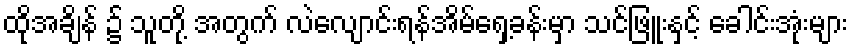
ထိုအချိန် ၌ သူတို့ အတွက် လဲလျောင်းရန်အိမ်ရှေ့ခန်းမှာ သင်ဖြူးနှင့် ခေါင်းအုံးများ